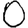
Digit: 0